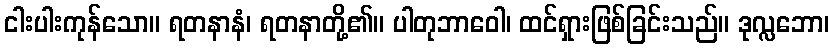
ငါးပါးကုန်သော။ ရတနာနံ၊ ရတနာတို့၏။ ပါတုဘာဝေါ၊ ထင်ရှားဖြစ်ခြင်းသည်။ ဒုလ္လဘော၊